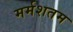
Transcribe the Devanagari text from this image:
मर्मशतम